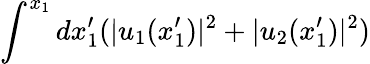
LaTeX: \int^{x_{1}}dx_{1}^{\prime}(|u_{1}(x_{1}^{\prime})|^{2}+|u_{2}(x_{1}^{\prime})|^{2})